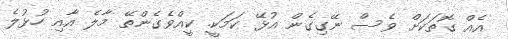
އެއް ގޮތަކަށް ވެސް ނޭގިގެން އުޅޭ ކަމަކީ. ކީއްވެގެންތޭ މާލެ އާއި ހުޅުލެ